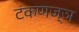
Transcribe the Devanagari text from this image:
टंकणज्ञ